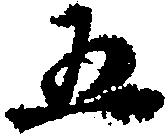
五